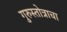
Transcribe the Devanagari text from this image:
गुरुस्तोत्राचा